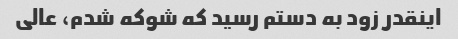
اینقدر زود به دستم رسید که شوکه شدم، عالی